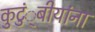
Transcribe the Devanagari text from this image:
कुटुं्बीयांना